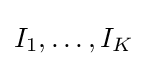
I_{1},\dots ,I_{K}